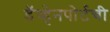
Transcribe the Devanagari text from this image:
डॅव्हेनपोर्टची